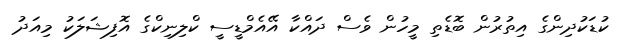
ކުޑަކުދިންގެ އިތުރުން ބޮޑެތި މީހުން ވެސް ދައްކާ އޭއެމްޑީސީ ކްލިނިކްގެ އޮފިޝަލަކު މިއަދު